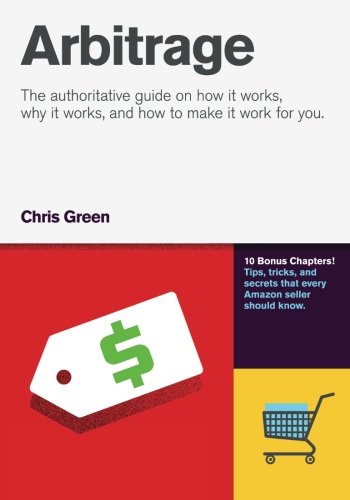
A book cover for Arbitrage: The authoritative guide on how it works, why it works, and how it can work for you; Chris Green; Business & Money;